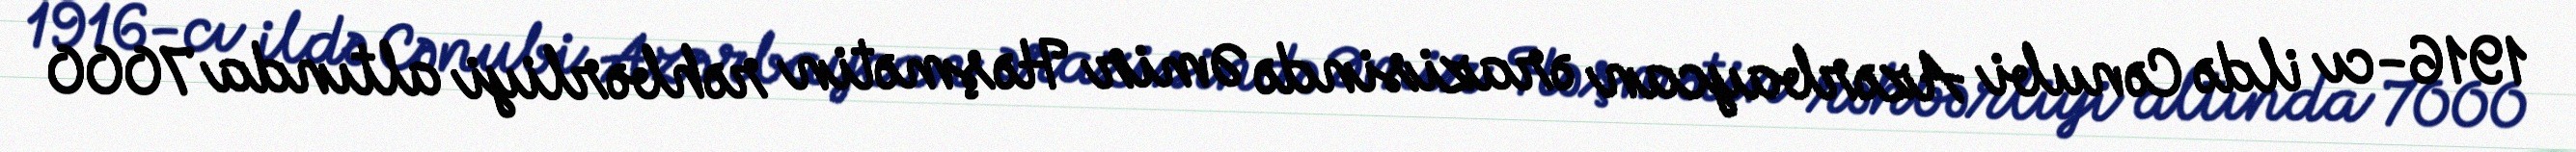
1916-cı ildə Cənubi Azərbaycan ərazisində Əmir Həşmətin rəhbərliyi altında 7000